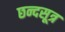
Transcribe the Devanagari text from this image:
छन्दसूत्र